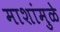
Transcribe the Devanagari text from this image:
माशांमुळे